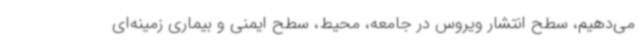
می‌دهیم، سطح انتشار ویروس در جامعه، محیط، سطح ایمنی و بیماری زمینه‌ای